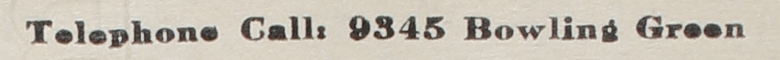
Telephone Call: 9345 Bowling Green